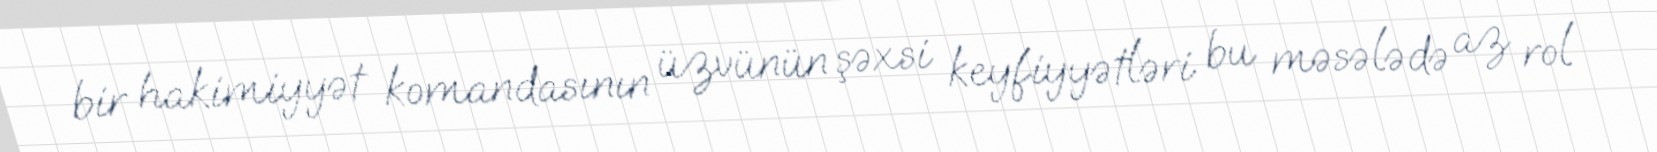
bir hakimiyyət komandasının üzvünün şəxsi keyfiyyətləri bu məsələdə az rol